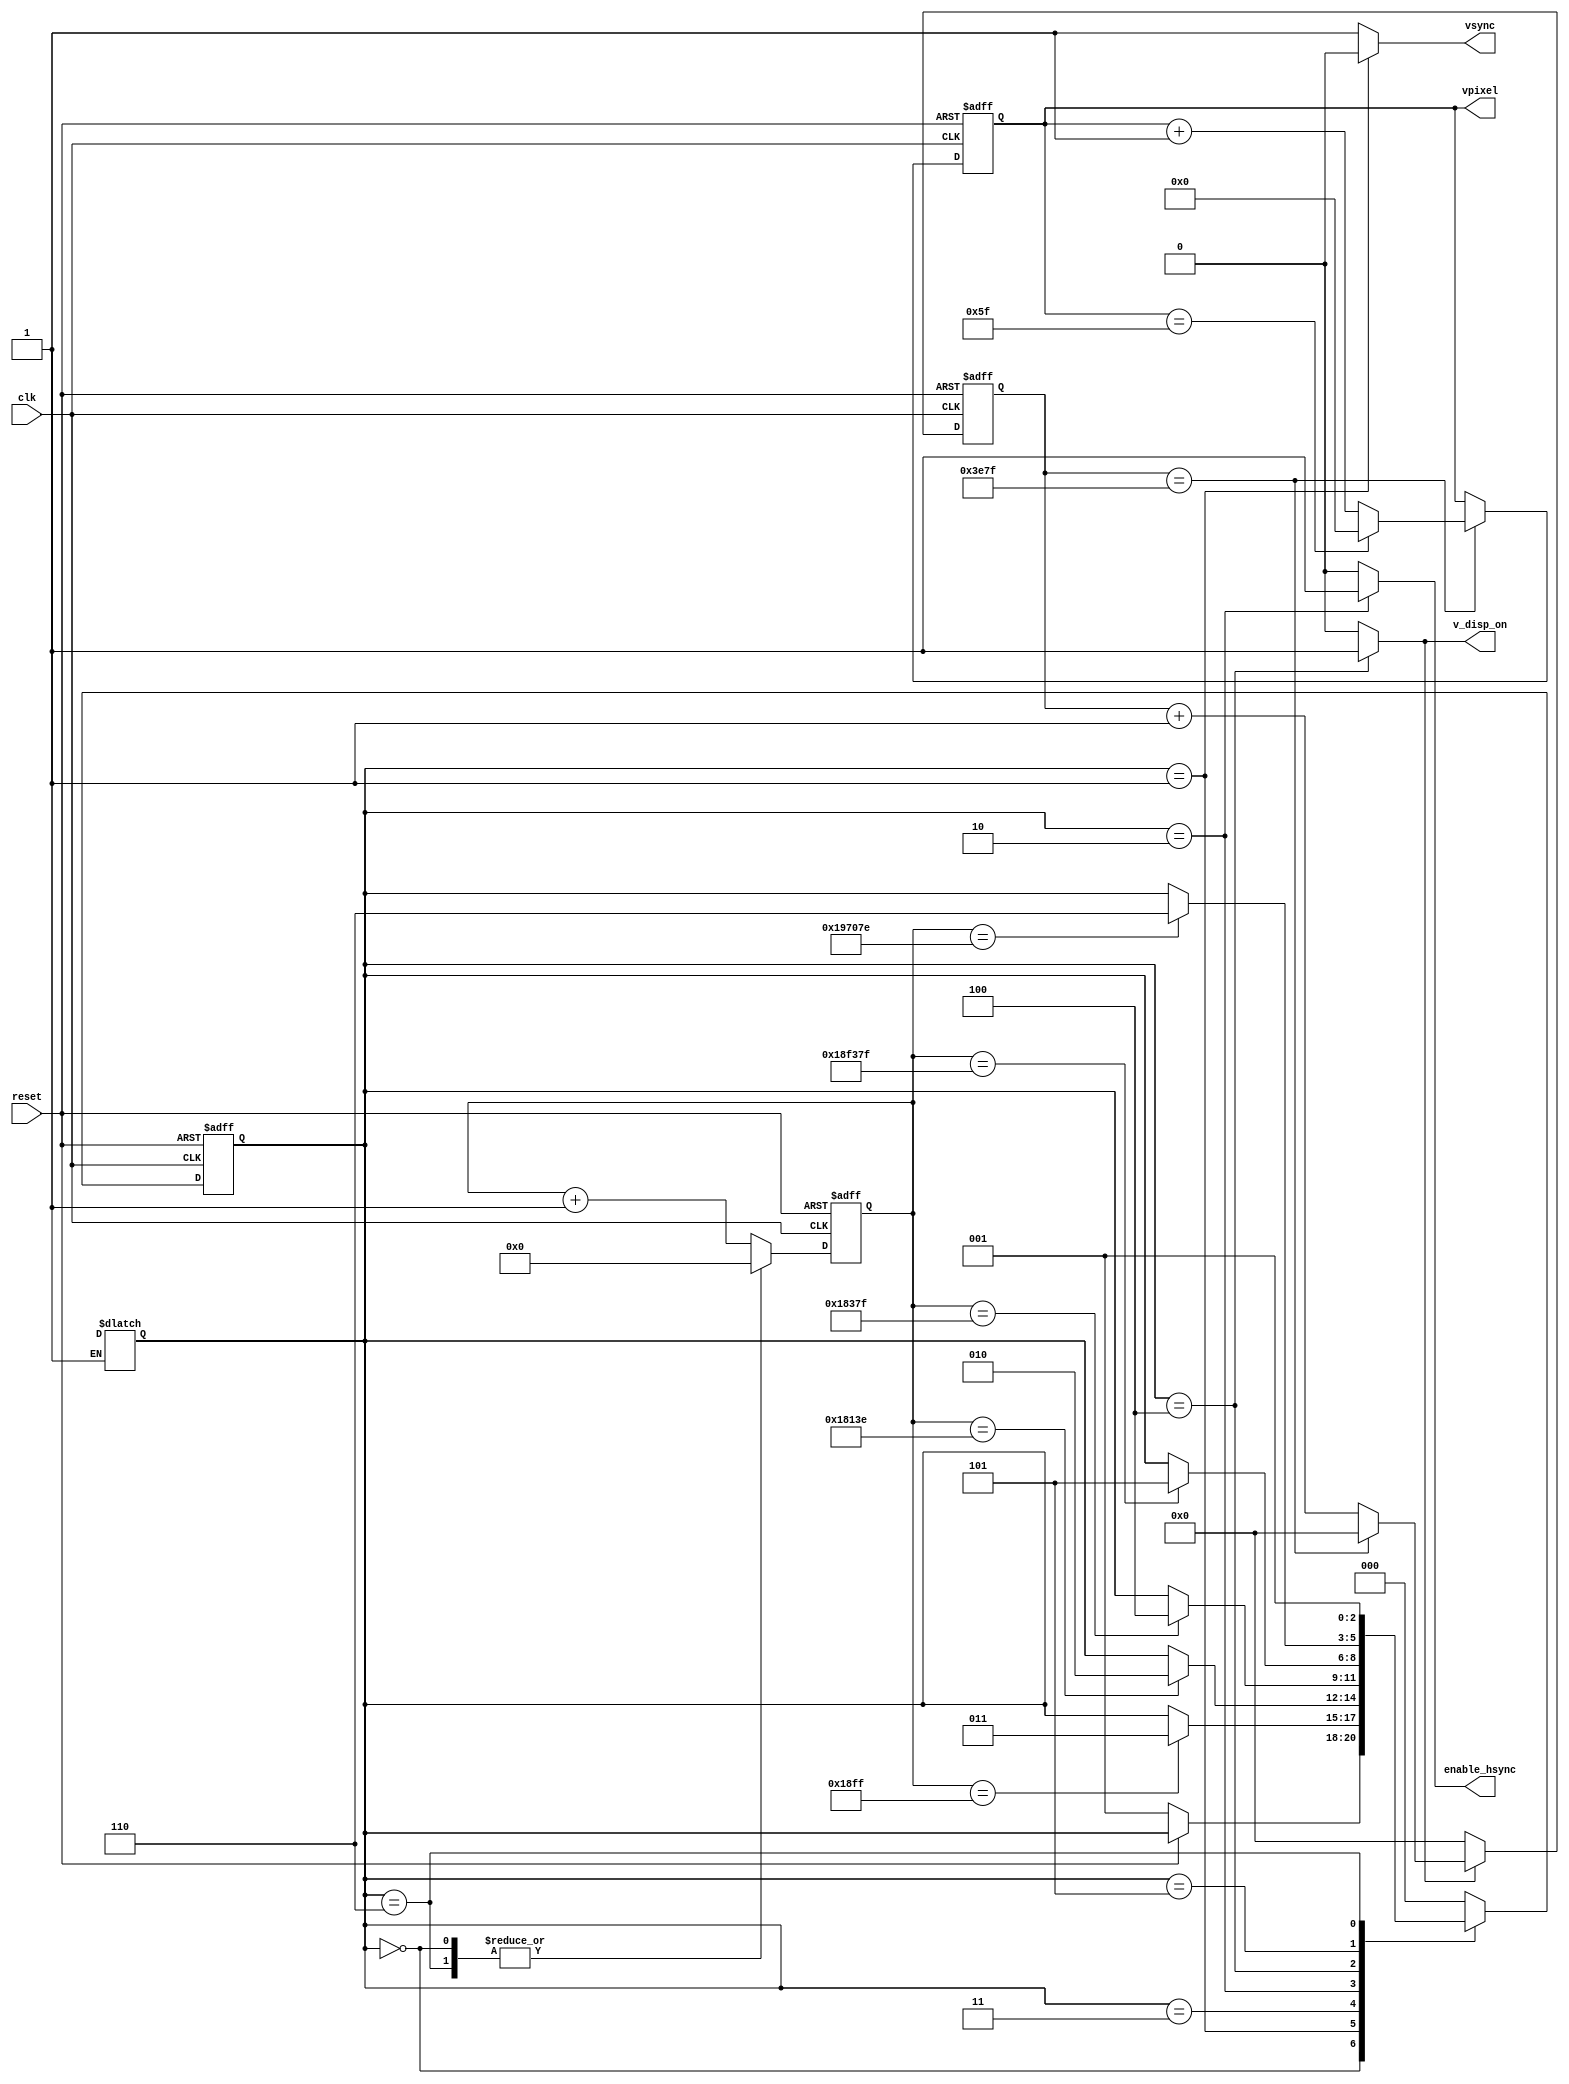
// VSYNC synchroniser
module VSYNC_syncroniser(clk, reset, vsync, vpixel, enable_hsync, v_disp_on);
input clk, reset;
output reg vsync;
output reg [6:0] vpixel;        // metritis pixels gia katakorifo ajona
output reg enable_hsync;

reg [20:0] counter;
reg [13:0] v_pixel_counter;
reg [2:0] current_state, next_state;
reg counter_enable, v_enable_pixels;

output reg v_disp_on;


parameter v_off = 3'b000,
            v_pulse_width = 3'b001,
            signal_for_hsync = 3'b010,
            v_back_porch = 3'b011,
            v_display_time = 3'b100,
            v_front_porch = 3'b101,
            v_reset_counter = 3'b110;

/*ariko always gia allagi ton states tis FSM */
/* Moore FSM*/
always @(posedge clk or posedge reset)
begin
    if(reset)
        current_state <= v_off;
    else
        current_state <= next_state;
end

always @(current_state or counter or reset)
begin
    vsync = 1;
    next_state = current_state;
    counter_enable = 1;
    v_enable_pixels = 0;
    enable_hsync = 0;
    v_disp_on = 0;

    case(current_state) 
        v_off:
        begin
            counter_enable = 0;
            if(reset == 0)   
                next_state = v_pulse_width;
            else
                next_state = current_state;
        end

        v_pulse_width:
        begin
            vsync = 0;
            if(counter == 21'd6399)     // kanonika 6400 alla kano -1
                next_state = v_back_porch;
            else
                next_state = current_state;
        end

        v_back_porch:
        begin
            vsync = 1;
            if(counter == 21'd98622)        /* ipologismeni timi gia na jekinaei to HSYNC kai na ftanei
                                             mazi me to VSYNC sto display time. (exei ipologisthei kai i
                                             kathisterisi apo ta flip flop logo registers) */       // isos thelei 23
            begin
                next_state = signal_for_hsync;
            end
            else
                next_state = current_state;
        end

        signal_for_hsync:
        begin
            enable_hsync = 1;       // sima pou stelnete gia na jekinisei to hsync
            if(counter == 21'd99199)
                next_state = v_display_time;
            else
                next_state = current_state;
        end

        v_display_time:
        begin
            v_disp_on = 1;
            v_enable_pixels = 1;
            if(counter == 21'd1635199)
                next_state = v_front_porch;
            else
                next_state = current_state;
        end

        v_front_porch:
        begin
            if(counter == 21'd1667198)  // -2 gia na paei kai sto apo kato state xoris na vgei ektos xronou
                next_state = v_reset_counter;
            else
                current_state = next_state;
        end

        v_reset_counter:
        begin
            counter_enable = 0;
            next_state = v_pulse_width;
        end

        default:
        begin
            next_state = v_off;
        end
    endcase
end

/*counter pou metraei apla kiklous rologioy gia enalagi metaji katastaseon stin FSM*/
always @(posedge clk or posedge reset)      
begin
    if(reset)
        counter <= 0;
    else
    begin
        if(counter_enable == 1)
            counter <= counter + 21'b1;
        else
            counter <= 0;
    end
end

/* counter pou metraei tin diarkei ton katheton pixels diladi 16000 periodous*/
always @(posedge clk or posedge reset)
begin
    if(reset)
        v_pixel_counter <= 0;
    else
    begin
        if(v_enable_pixels == 1)
            v_pixel_counter <= (v_pixel_counter == 14'd15999) ? 0 : v_pixel_counter + 14'b1; 
        else
            v_pixel_counter <= 0;
    end
end

always @(posedge clk or posedge reset)
begin
    if(reset)
        vpixel <= 0;
    else
    begin
        if(v_pixel_counter == 14'd15999)
            vpixel <= (vpixel == 7'd95) ? 0 : vpixel + 7'b1;
    end
end

endmodule